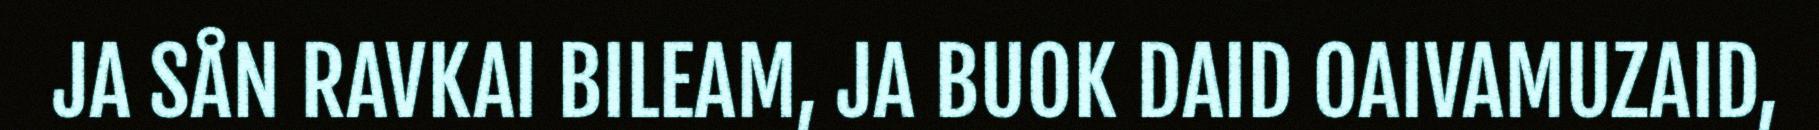
JA SÅN RAVKAI BILEAM, JA BUOK DAID OAIVAMUZAID,